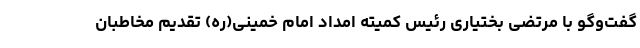
گفت‌وگو با مرتضی بختیاری رئیس کمیته امداد امام خمینی(ره) تقدیم مخاطبان